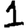
Digit: 1